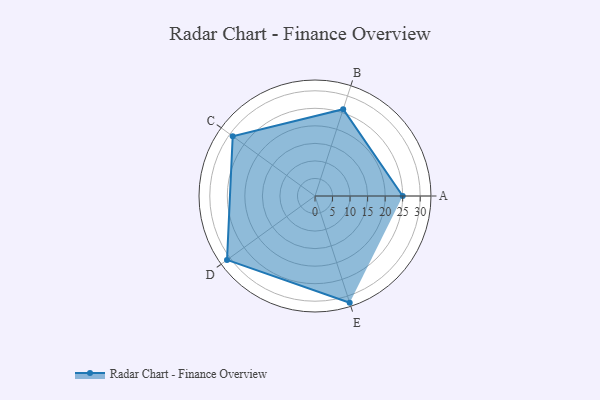
{"axis": {"x": "Skill", "y": "Score"}, "legend": ["Profile"], "data": [{"x": "A", "y": 25.0, "type": "Profile"}, {"x": "B", "y": 26.0, "type": "Profile"}, {"x": "C", "y": 29.0, "type": "Profile"}, {"x": "D", "y": 31.0, "type": "Profile"}, {"x": "E", "y": 32.0, "type": "Profile"}]}